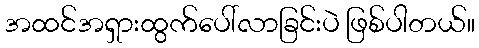
အထင်အရှားထွက်ပေါ်လာခြင်းပဲ ဖြစ်ပါတယ်။